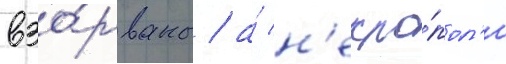
взо́рваны / а́ н'екро́пол'и